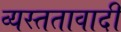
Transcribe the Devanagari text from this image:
व्यस्ततावादी